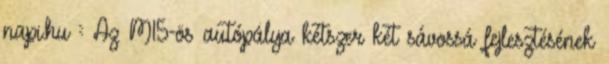
napi.hu :: Az M15-ös autópálya kétszer két sávossá fejlesztésének